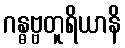
ဂန္ဓဗ္ဗတူရိယာနိ